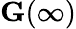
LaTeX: {\textbf{G}}(\infty)